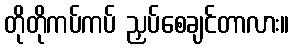
တိုတိုကပ်ကပ် ညှပ်စေချင်တာလား။